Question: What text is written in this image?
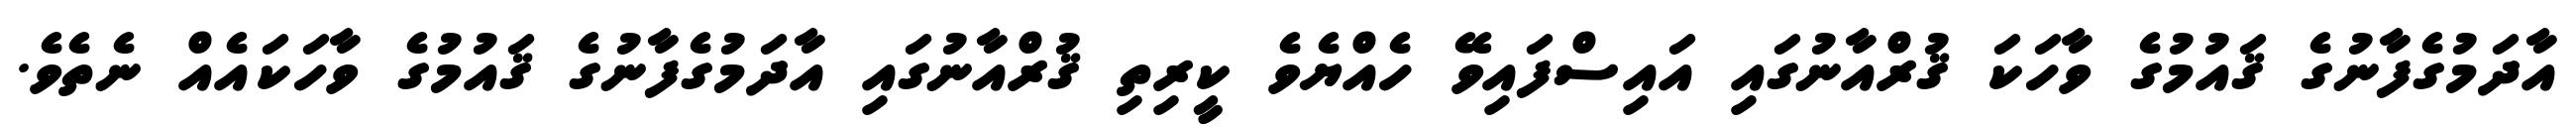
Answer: އާދަމުގެފާނުގެ ޤައުމުގެ ވާހަކަ ޤުރްއާނުގައި އައިސްފައިވޭ ހެއްޔެވެ ކީރިތި ޤުރްއާނުގައި އާދަމުގެފާނުގެ ޤައުމުގެ ވާހަކައެއް ނެތެވެ.